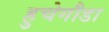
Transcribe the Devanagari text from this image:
हुचेगौडा